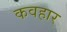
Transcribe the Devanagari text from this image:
कवहार